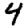
Digit: 4